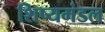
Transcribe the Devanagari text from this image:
शिष्यमंडल